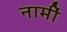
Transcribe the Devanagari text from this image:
नामीं